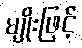
မျိုးဖြင့်